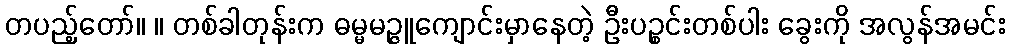
တပည့်တော်။ ။ တစ်ခါတုန်းက ဓမ္မမဉ္ဇူကျောင်းမှာနေတဲ့ ဦးပဉ္စင်းတစ်ပါး ခွေးကို အလွန်အမင်း